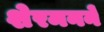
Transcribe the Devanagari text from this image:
शेरमनने